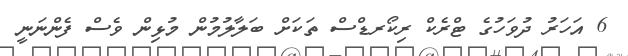
6 އަހަރު ދުވަހުގެ ޓްރެކް ރިކޯރޑްސް ތަކަށް ބަލާލުމުން މުޅިން ވެސް ފެންނަނީ